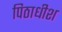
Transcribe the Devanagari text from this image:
पिठाधीश